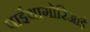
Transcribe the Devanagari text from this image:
पाईथागोरिआई